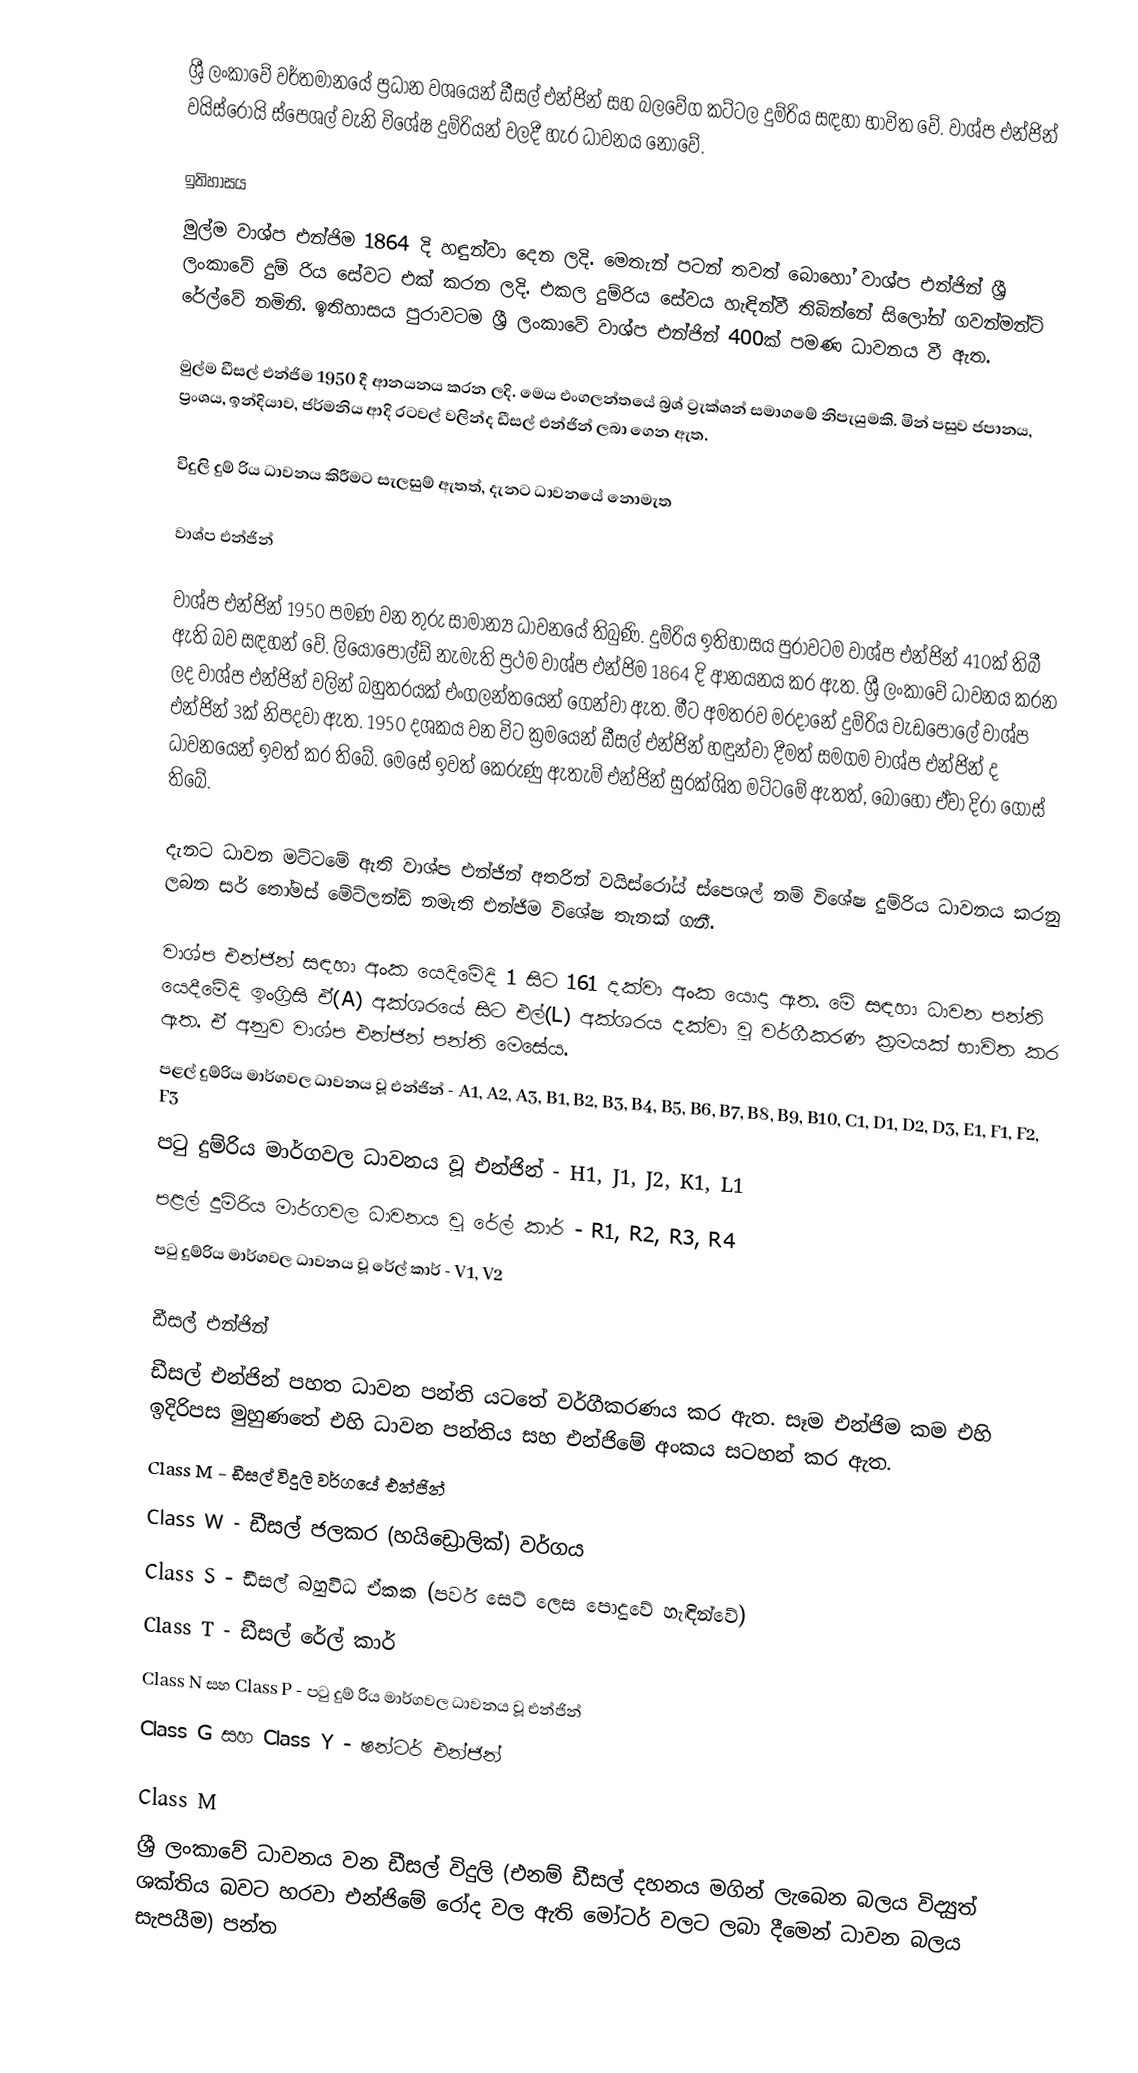
ශ්‍රී ලංකාවේ වර්තමානයේ ප්‍රධාන වශයෙන් ඩීසල් එන්ජින් සහ බලවේග කට්ටල දුම්රිය සඳහා භාවිත වේ. වාශ්ප එන්ජින් වයිස්රෝයි ස්පෙශල් වැනි විශේෂ  දුම්රියන් වලදී හැර ධාවනය නොවේ.

ඉතිහාසය
මුල්ම වාශ්ප එන්ජිම 1864 දි හඳුන්වා දෙන ලදි. මෙතැන් පටන් තවත් බොහෝ වාශ්ප එන්ජින් ශ්‍රී ලංකාවේ දුම් රිය සේවට එක් කරන ලදි. එකල දුම්රිය සේවය හැඳින්වී තිබින්නේ සිලෝන් ගවන්මන්ට් රේල්වේ නමිනි. ඉතිහාසය පුරාවටම ශ්‍රී ලංකාවේ වාශ්ප එන්ජින් 400ක් පමණ ධාවනය වී ඇත.

මුල්ම ඩීසල් එන්ජිම 1950 දී ආනයනය කරන ලදි. මෙය එංගලන්තයේ බ්‍රශ් ට්‍රැක්ශන් සමාගමේ නිපැයුමකි. මින් පසුව ජපානය, ප්‍රංශය, ඉන්දියාව, ජර්මනිය ආදි රටවල් වලින්ද ඩීසල් එන්ජින් ලබා ගෙන ඇත.

විදුලි දුම් රිය ධාවනය කිරීමට සැලසුම් ඇතත්, දැනට ධාවනයේ නොමැත

වාශ්ප එන්ජින්

වාශ්ප එන්ජින් 1950 පමණ වන තුරු සාමාන්‍ය ධාවනයේ තිබුණි. දුම්රිය ඉතිහාසය පුරාවටම වාශ්ප එන්ජින් 410ක් තිබී ඇති බව සඳහන් වේ. ලියෝපෝල්ඩ් නැමැති ප්‍රථම වාශ්ප එන්ජිම 1864 දි ආනයනය කර ඇත. ශ්‍රී ලංකාවේ ධාවනය කරන ලද වාශ්ප එන්ජින් වලින් බහුතරයක් එංගලන්තයෙන් ගෙන්වා ඇත. මීට අමතරව මරදානේ දුම්රිය වැඩපොලේ වාශ්ප එන්ජින් 3ක් නිපදවා ඇත. 1950 දශකය වන විට ක්‍රමයෙන් ඩීසල් එන්ජින් හඳුන්වා දීමත් සමගම වාශ්ප එන්ජින් ද ධාවනයෙන් ඉවත් කර තිබේ. මෙසේ ඉවත් කෙරුණු ඇතැම් එන්ජින් සුරක්ශිත මට්ටමේ ඇතත්, බොහෝ ඒවා දිරා ගොස් තිබේ.

දැනට ධාවන මට්ටමේ ඇති වාශ්ප එන්ජින් අතරින් වයිස්රෝය් ස්පෙශල් නම් විශේෂ දුම්රිය ධාවනය කරනු ලබන සර් තෝමස් මේට්ලන්ඩ් නමැති එන්ජිම විශේෂ තැනක් ගනී.

වාශ්ප එන්ජින් සඳහා අංක යෙදිමේදි 1 සිට 161 දක්වා අංක යොදා ඇත. මේ සඳහා ධාවන පන්ති යෙදීමේදි ඉංග්‍රිසි ඒ(A) අක්ශරයේ සිට එල්(L) අක්ශරය දක්වා වූ වර්ගීකරණ ක්‍රමයක් භාවිත කර ඇත. ඒ අනුව වාශ්ප එන්ජින් පන්ති මෙසේය.
 පළල් දුම්රිය මාර්ගවල ධාවනය වූ එන්ජින් - A1, A2, A3, B1, B2, B3, B4, B5, B6, B7, B8, B9, B10, C1, D1, D2, D3, E1, F1, F2, F3
 පටු දුම්රිය මාර්ගවල ධාවනය වූ එන්ජින් - H1, J1, J2, K1, L1
 පළල් දුම්රිය මාර්ගවල ධාවනය වූ රේල් කාර් - R1, R2, R3, R4
 පටු දුම්රිය මාර්ගවල ධාවනය වූ රේල් කාර් - V1, V2

ඩීසල් එන්ජින්
ඩීසල් එන්ජින් පහත ධාවන පන්ති යටතේ වර්ගීකරණය කර ඇත. සෑම එන්ජිම කම එහි ඉදිරිපස මුහුණතේ එහි ධාවන පන්තිය සහ එන්ජිමේ අංකය සටහන් කර ඇත.
 Class M - ඩීසල් විදුලි වර්ගයේ එන්ජින්
 Class W - ඩීසල් ජලකර (හයිඩ්‍රොලික්) වර්ගය
 Class S - ඩීසල් බහුවිධ ඒකක (පවර් සෙට් ලෙස පොදුවේ හැඳින්වේ)
 Class T - ඩීසල් රේල් කාර්
 Class N සහ Class P - පටු දුම් රිය මාර්ගවල ධාවනය වූ එන්ජින්
 Class G සහ Class Y - ෂන්ටර් එන්ජින්

Class M
ශ්‍රී ලංකාවේ ධාවනය වන ඩීසල් විදුලි (එනම් ඩීසල් දහනය මගින් ලැබෙන බලය විද්‍යුත් ශක්තිය බවට හරවා එන්ජිමේ රෝද වල ඇති මෝටර් වලට ලබා දීමෙන් ධාවන බලය සැපයීම) පන්ත